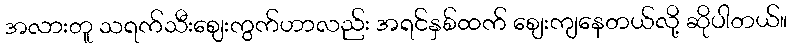
အလားတူ သရက်သီးဈေးကွက်ဟာလည်း အရင်နှစ်ထက် ဈေးကျနေတယ်လို့ ဆိုပါတယ်။